Report on horse surra - Volume I
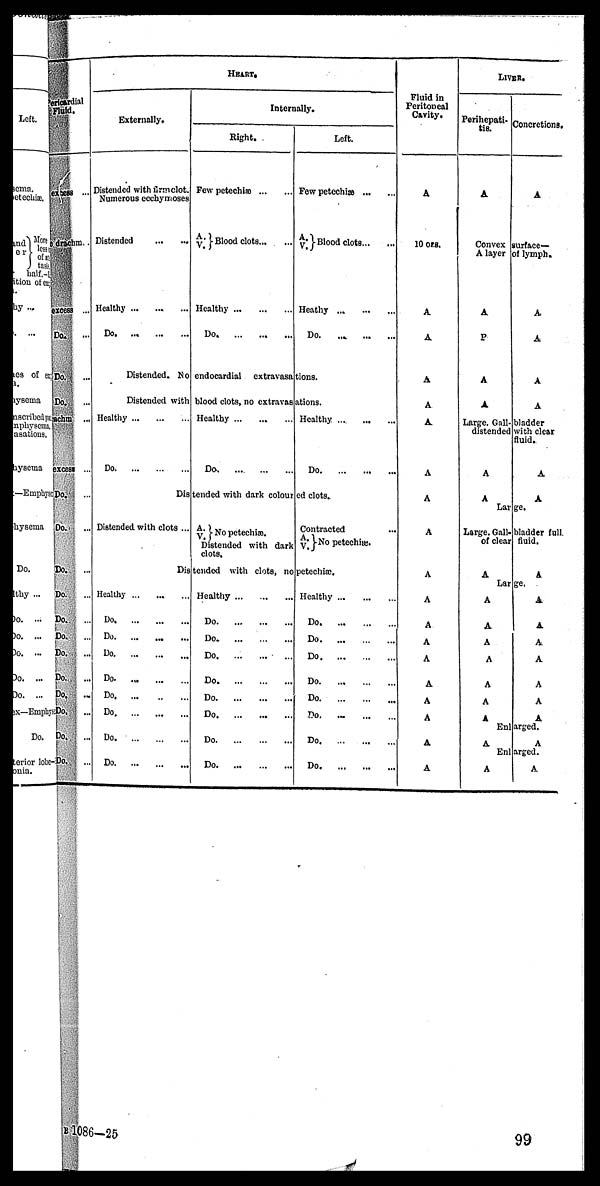
eri cardi al
Fl ui d.
exsess ...
e dr achm.
excess ...
Do.
Do. ...
Do.
Paj achm ...
excess ...
Do. ...
Do. ...
Do. ...
Do. ...
Do. ...
Do. ...
Do. ...
Do. ...
Do. ...
Do. ...
Do. ...
Do. ...
HEART.
Ext ernal l y.
Di st ended wi t h firmclot.
Numer ous ecchymoses
Di st ended
Heal t hy
Do
Di st ended. No
Di st ended, wi t h
Heal t hy
...
Do. ... ... ...
Do. ... ... ...
Di st ended wi t h cl ot s ...
Int ernal l y.
Ri ght .
Few pet echi æ
A.V.} - Bl ood cl ot s
Heal t hy
Do. ...
endocardi al ext ravasa
bl ood cl ot s, no ext ravas
Heal t hy ...
Do- .
t ended wi t h dar k col our
A.
V.} No petechiæ.
Di st ended wi t h dart
cl ot s.
Left .
Few pet echi æ ... ...
A .
V. }- Bl ood clots. . . ...
Heat hy ... ... ...
Do. .... ... ...
t i ons.
at i ons.
Heal t hy ....
Do. ...
ed cl ot s. .
Cont r act ed
A.
V.}-No petechiæ.
Di st ended wi t h cl ot s, no pet echi æ.
Heal t hy ... ... ...
Do. ... ... ...
Do ... ... ...
Do. ... ... ...
Do. ... ... ...
Do. ... ... ...
Do. ... ... ...
Do. ... ... ...
Do. ... ... ...
Heal t hy. . . . . . . . .
Do. ... .... ...
Do. ... ... ...
Do. ... ... ...
Do. ... ... ...
Do. ... ... ...
Do. ... ... ...
Do. ... ... ...
Do. ... ... ...
Heal t hy ... ... ...
Do. ... ... ...
Do. ... ... ...
Do. ... ... ...
Do. ... ... ...
Do.
Do.
Do. ...
Do. ...
Fl ui d i n
Peri t oneal
Cavi t y.
A
10 ozs..
A
A
A
A
A
A
A
A
A
A
A
A
A
A
A
A
A
A
LI VER.
Perihepati-
tis.
A
Convex A l ayer
A
P
A
A
Large. Gal l -
di st ended
A
A
lar
Large. Gal l -
of cl ear
A
lar
A
A
A
A
A
A
A
Enl A
Enl A
Concr et i ons.
A
s ur f ace—
of l ymph.
A
A
A
A
bl adder
wi t h cl ear
fluid..
A
A
ge. bl adder f ul l
fluid.
A
ge. A
A
A
A
A
A
A
arged. A
arged. A